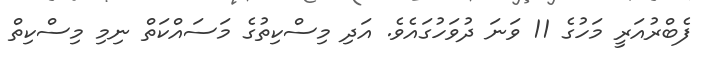
ފެބްރުއަރީ މަހުގެ 11 ވަނަ ދުވަހުގައެވެ. އަދި މިސްކިތުގެ މަސައްކަތް ނިމި މިސްކިތް